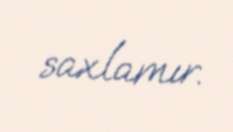
saxlamır.